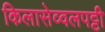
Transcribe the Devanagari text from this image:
किलासेव्वलपट्टी